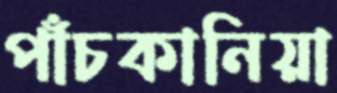
পাঁচকানিয়া